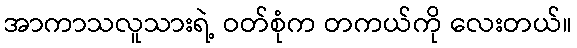
အာကာသလူသားရဲ့ ဝတ်စုံက တကယ်ကို လေးတယ်။